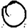
Digit: 0